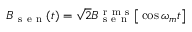
B _ { \mathrm { ~ s ~ e ~ n ~ } } ( t ) = \sqrt { 2 } B _ { \mathrm { ~ s ~ e ~ n ~ } } ^ { \mathrm { ~ r ~ m ~ s ~ } } \big [ \cos \omega _ { m } t \big ]